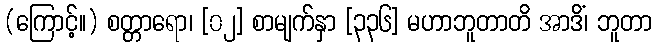
(ကြောင့်။) စတ္တာရော၊ [၀၂] စာမျက်နှာ [၃၃၆] မဟာဘူတာတိ အာဒိံ၊ ဘူတာ